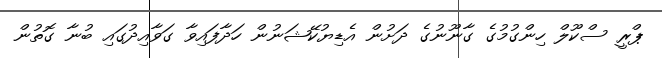
ޕްރީ ސްކޫލް ހިންގުމުގެ ގާނޫނުގެ ދަށުން އެޑިޔުކޭޝަނުން ހަދާފައިވާ ގަވާއިދުގައި ބުނާ ގޮތުން